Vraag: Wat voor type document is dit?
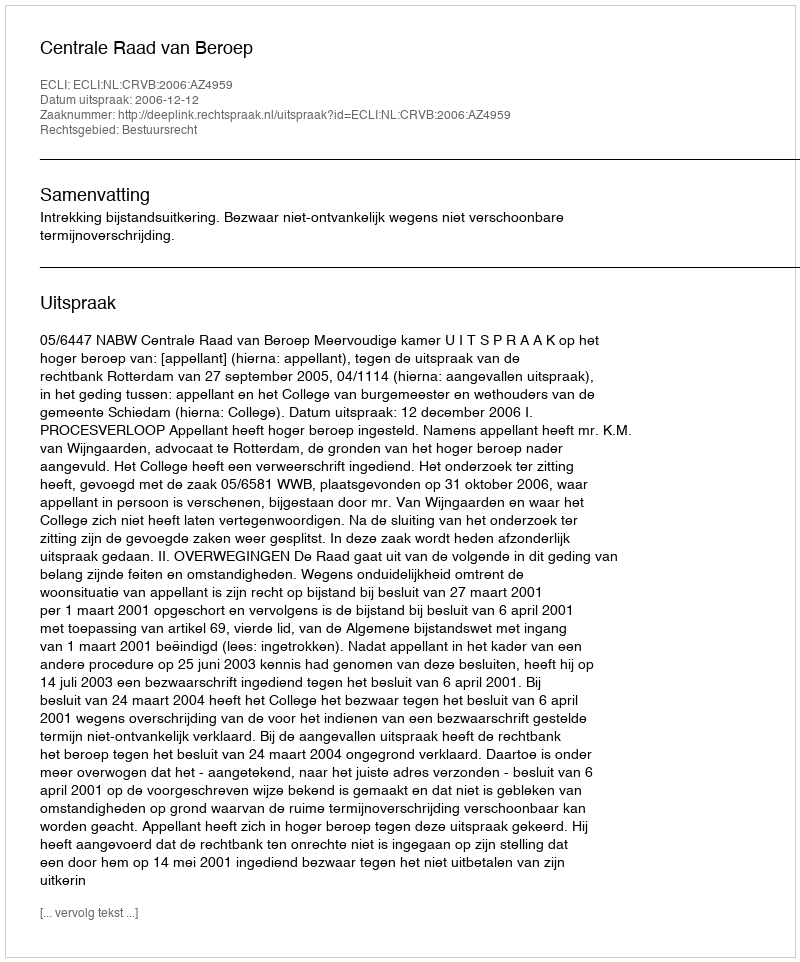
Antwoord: Uitspraak